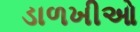
ડાળખીઓ